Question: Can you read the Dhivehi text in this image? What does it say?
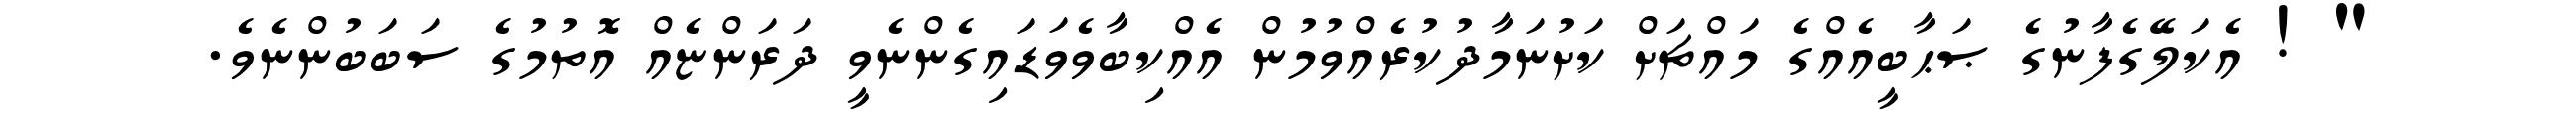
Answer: " ! އެކަލޭގެފާނުގެ ޞަޙާބީއެއްގެ މައްޗަށް ކަށުނަމާދުކުރެއްވުމުން އެއްކިބާވެވަޑައިގެންނެވީ ދަރަންޏެއް އޮތުމުގެ ސަބަބުންނެވެ.